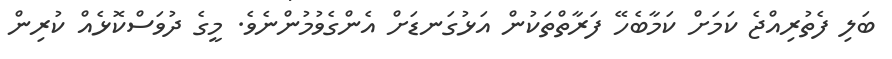
ބަލި ފެތުރިއްޖެ ކަމަށް ކަމާބެހޭ ފަރާތްތަކުން އަޅުގަނޑަށް އެންގެވުމުންނެވެ. މީގެ ދުވަސްކޮޅެއް ކުރިން